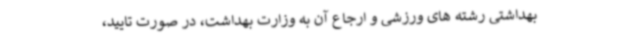
بهداشتی رشته های ورزشی و ارجاع آن به وزارت بهداشت، در صورت تایید،